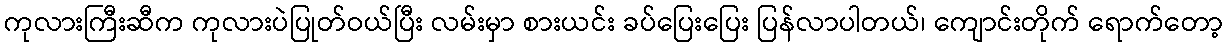
ကုလားကြီးဆီက ကုလားပဲပြုတ်ဝယ်ပြီး လမ်းမှာ စားယင်း ခပ်ပြေးပြေး ပြန်လာပါတယ်၊ ကျောင်းတိုက် ရောက်တော့